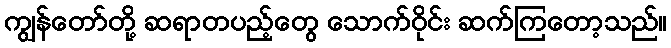
ကျွန်တော်တို့ ဆရာတပည့်တွေ သောက်ဝိုင်း ဆက်ကြတော့သည်။